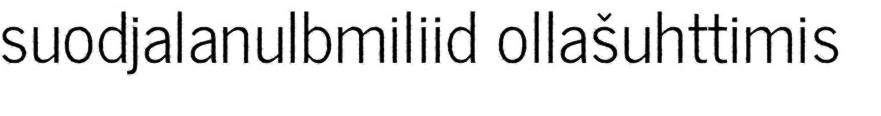
suodjalanulbmiliid ollašuhttimis